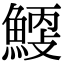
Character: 𩹐